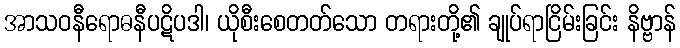
အာသဝနီရောဓနီပဋိပဒါ၊ ယိုစီးစေတတ်သော တရားတို့၏ ချုပ်ရာငြိမ်းခြင်း နိဗ္ဗာန်